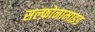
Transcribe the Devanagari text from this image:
सल्फ़ोनामाइड